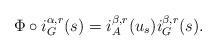
LaTeX: \begin{align*}\Phi\circ i_G^{\alpha,r}(s)&=i_A^{\beta,r}(u_s)i_G^{\beta,r}(s).\end{align*}